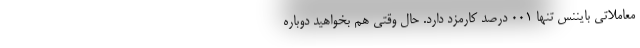
معاملاتی بایننس تنها ۰۰۱ درصد کارمزد دارد. حال وقتی هم بخواهید دوباره